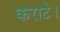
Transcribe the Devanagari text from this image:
कराटे।